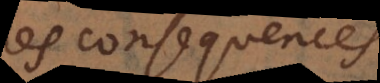
des consequences